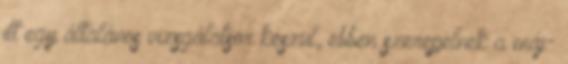
itt egy általános vizsgálatsor készül, ebben szerepelnek a máj-